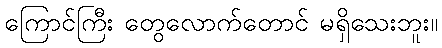
ကြောင်ကြီး တွေလောက်တောင် မရှိသေးဘူး။